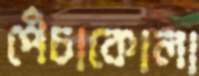
পেঁচাকোলা